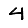
Digit: 4